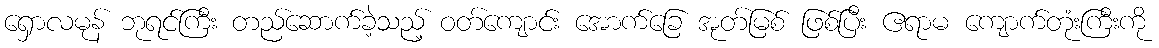
ရှောလမုန် ဘုရင်ကြီး တည်ဆောက်ခဲ့သည့် ဝတ်ကျောင်း အောက်ခြေ အုတ်မြစ် ဖြစ်ပြီး ဧရာမ ကျောက်တုံးကြီးကို